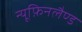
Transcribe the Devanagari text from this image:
न्यूफ़िनलैण्ड